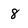
Character: 8